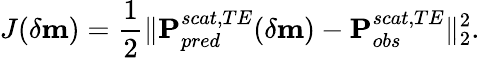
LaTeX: J(\delta\textbf{m})=\frac{1}{2}\| \textbf{P}_{pred}^{scat,TE}(\delta\textbf{m})-\textbf{P}_{obs}^{scat,TE}\| _{2}^{2}.